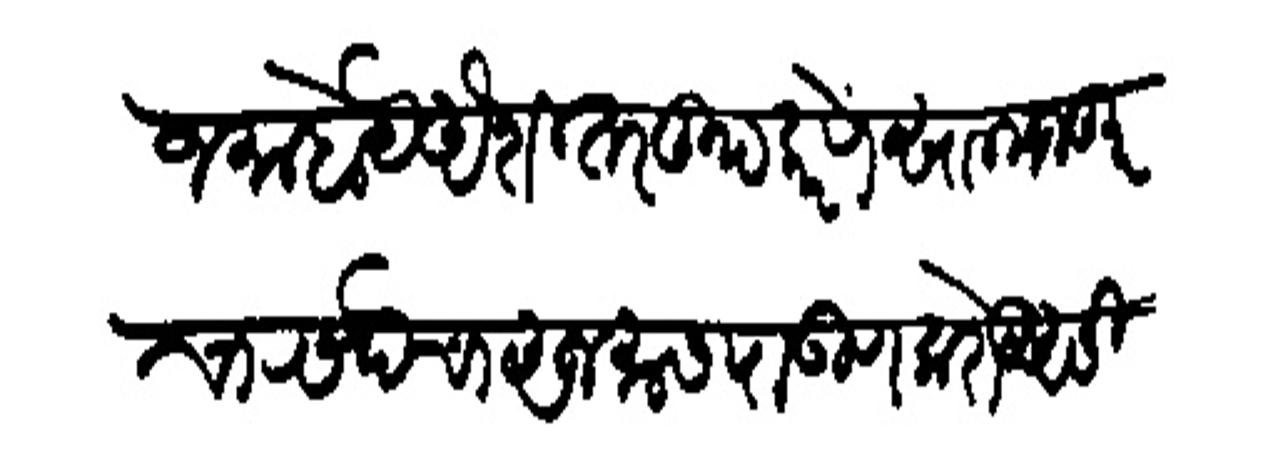
Transliteration (Devanagari): जमा होये ऐशी तरतूद करणें सालमजकूर चा रसदेचा अजमास पाऊण करोड़ असी